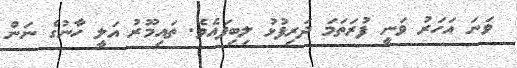
ވަނަ އަހަރު ވަނީ ފުރަތަމަ ދަރިފުޅު ލިބިފައެވެ. ތައިމޫރު އަލީ ހާނުގެ ނަން